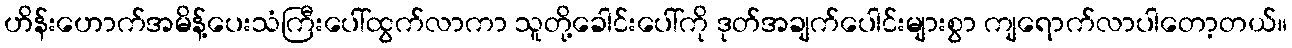
ဟိန်းဟောက်အမိန့်ပေးသံကြီးပေါ်ထွက်လာကာ သူတို့ခေါင်းပေါ်ကို ဒုတ်အချက်ပေါင်းများစွာ ကျရောက်လာပါတော့တယ်။